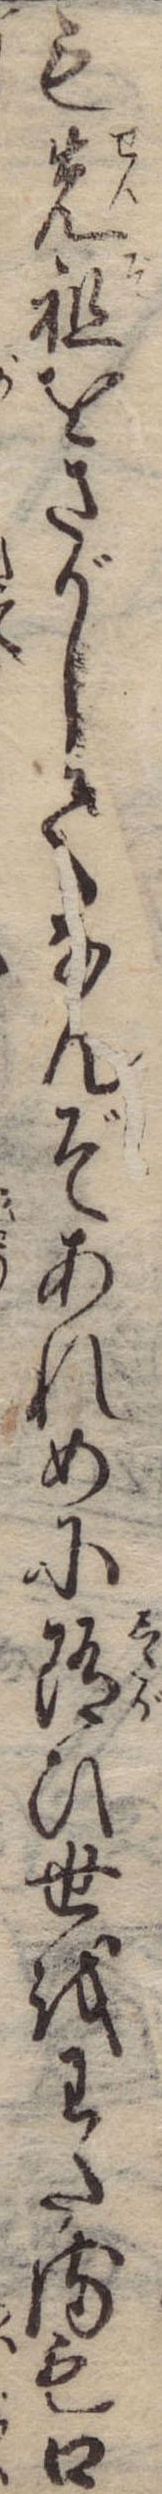
も先祖をさがしてなんぞあれめに随ひ世をわたるも口